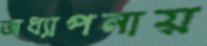
অধ্যাপনায়